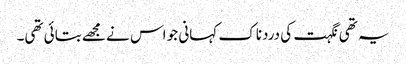
یہ تھی نگہت کی دردناک کہانی جو اس نے مجھے بتائی تھی۔